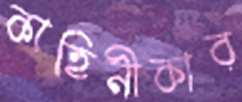
কাহিনীকার